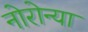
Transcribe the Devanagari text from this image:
नोरोन्या